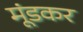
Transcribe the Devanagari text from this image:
मूंडकर